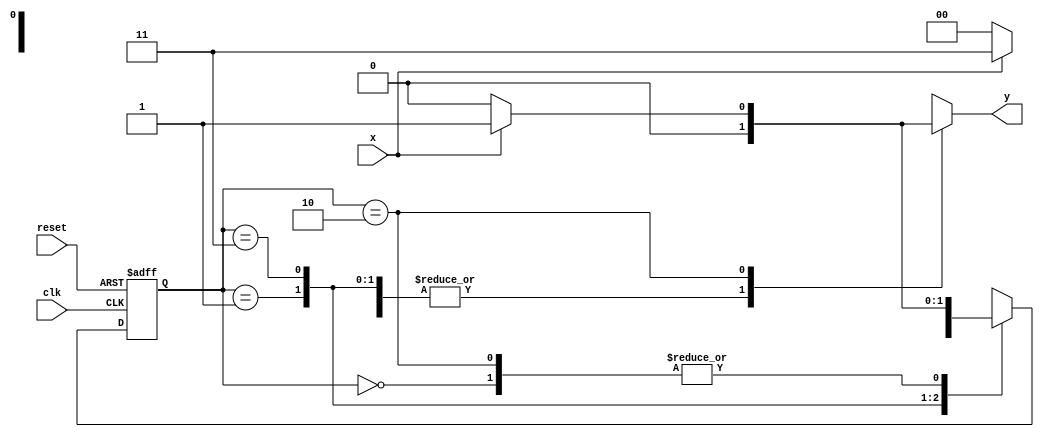
// ------------------------- 
// Mealy
// Nome: Pedro Henrique Vilar Locatelli 
// ------------------------- 
// -------------- 
// --- Mealy FSM 
// -------------- 
// constant definitions 
`define found 1 
`define notfound 0 

// FSM by Mealy 
module mealy1101 ( y, x, clk, reset ); 
output y; 
input x; 
input clk; 
input reset; 

reg y; 

parameter // state identifiers 
	start = 2'b00, 
	id1 = 2'b01, 
	id11 = 2'b11, 
	id110 = 2'b10; 

	reg [1:0] E1; // current state variables 
	reg [1:0] E2; // next state logic output 

// next state logic 
	always @( x or E1 ) 
	begin 
	y = `notfound; 
	case ( E1 ) 
	start: 
	if ( x ) 
	E2 = id1; 
	else 
	E2 = start; 
	id1: 
	if ( x ) 
	E2 = id11; 
	else 
	E2 = start; 
	id11: 
	if ( x ) 
	E2 = id11; 
	else 
	E2 = id110; 
	id110: 
	if ( x ) 
	begin 
	E2 = id1; 
	y = `found; 
	end 
	else 
	begin 
	E2 = start; 
	y = `notfound; 
	end 
	default: // undefined state 
	E2 = 2'bxx; 
	endcase 
	end // always at signal or state changing 

// state variables 
always @( posedge clk or negedge reset ) 
begin 
if ( reset ) 
E1 = E2; // updates current state 
else 
E1 = 0; // reset 
end // always at signal changing 
endmodule // mealy1101